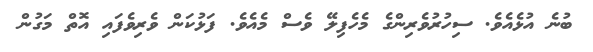
ބުނެ އުޅެއެވެ. ސިހުރުވެރިންގެ މެހެފިލޭ ވެސް މެއެވެ. ފަޅުކަން ވެރިވެފައި އޮތް މަގުން